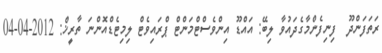
ރަތަފަންދޫ  ފިނިފެންމާގެދައުވާ ލިބޭ: އައްޑޫ އިންވެސްޓްމަންޓް ޕްރައިވެޓް ލިމިޓެޑްއޮންނަ ތާރީޚް: 2012-04-04